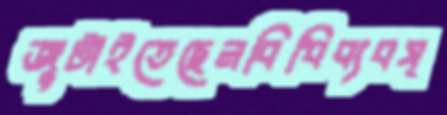
জুটাইতেছেনবিধিব্যবস্